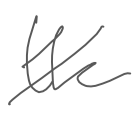
Text: the
Cross-out: diagonal
Writing tool: digital_gray